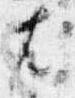
尤